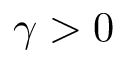
\gamma > 0